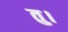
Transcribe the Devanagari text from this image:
तु।